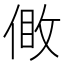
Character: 𠊹